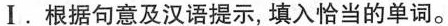
Ⅰ.根据句意及汉语提示,填入恰当的单词.。